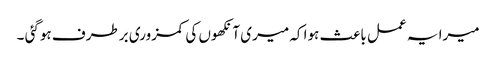
میرا یہ عمل باعث ہوا کہ میری آنکھوں کی کمزوری برطرف ہوگئی ۔